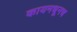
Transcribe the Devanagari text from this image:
कायमधूनच